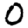
Digit: 0